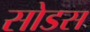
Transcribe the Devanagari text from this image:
सोडस